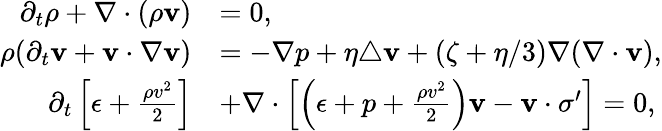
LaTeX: \begin{array}{rl}{\partial_{t}\rho+\nabla\cdot(\rho\textbf{v})}&{=0,}\\ {\rho(\partial_{t}\textbf{v}+\textbf{v}\cdot\nabla\textbf{v})}&{=-\nabla p+\eta\triangle\textbf{v}+(\zeta+\eta/3)\nabla(\nabla\cdot\textbf{v}),}\\ {\partial_{t}\left[\epsilon+\frac{\rho v^{2}}{2}\right]}&{+\nabla\cdot\left[\left(\epsilon+p+\frac{\rho v^{2}}{2}\right)\mathbf{v}-\mathbf{v}\cdot\sigma^{\prime}\right]=0,}\end{array}